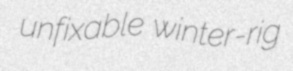
unfixable winter-rig